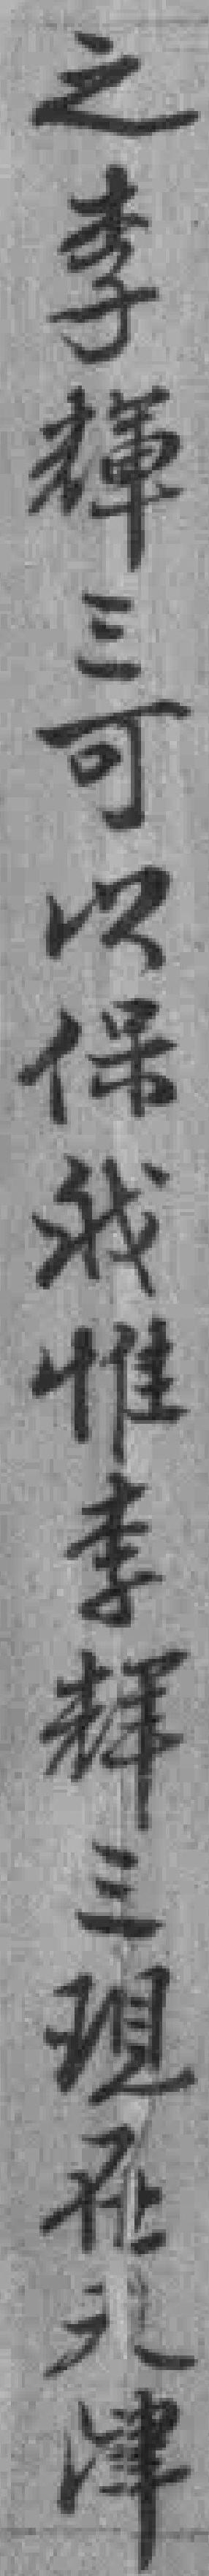
之李輝三可以保我惟李辉三现在*津